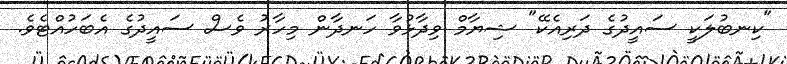
"ކިނބުލަކީ ސައީދުގެ ދަރިއެކޭ" ޝިޔާމް ވިދާޅުވާ ހަނދާން މިހާރު ވެސް ސައީދުގެ އެބަހުއްޓެވެ.